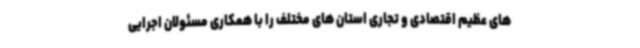
های عظیم اقتصادی و تجاری استان های مختلف را با همکاری مسئولان اجرایی